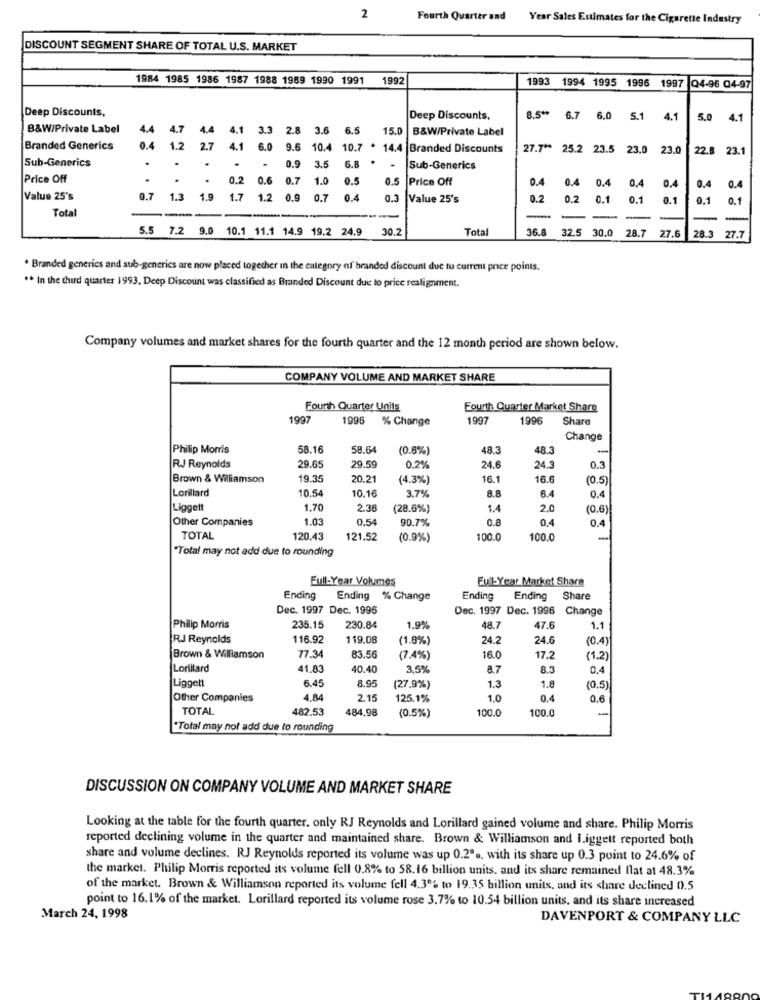
2
Fourth Quarter and Year Sales Estimates for the Cigarette Industry
DISCOUNT SEGMENT SHARE OF TOTAL U.S. MARKET
1984 1985 1986 1987 1988 1989 1990 1991
1992
1993 1994 1995 1996 1997 Q4-96 04-97
Deep Discounts,
Deep Discounts,
8.5 ** 6.7 6.0 5.1
4.1
5.0 4.1
B&W/Private Label
4.4
4.7
4.4
4.1
3.3
2.8
3.6
5.5
15.0
B&W/Private Label
2.7
Branded Generics
0.4
1.2
4.1
6.0
9.6 10.4
10.7 . 14.4 Branded Discounts
27.7 ** 25.2 23.5 23.0 23.0
8 23.1
Sub-Generics
.
3.5
6.8
6.8 . .
.
0.9
Sub-Generics
Price Off
.
.
0.2 0.6
0.7
1.0
0.5
0.5
Price Off
0.4
0.4
0.4
0.4
0,4
0.4
0.4
Value 25's
0.7 1.3
1.9
1.7 1.2
0.9
0.7
0.4
Value 25's
0.2
0.2
0.1
0.1
0.1
0.1
0.1
Total
---
-
-
5.5 7.2 9.0 10.1 11.1 14.9 19.2 24.9
30.2
Total
36.8
32.5 30.0
28.7
27.6
28.3
27.7
. Branded generics and sub-generics are now placed together in the category of branded discount due to current price points.
** In the third quarter 1993, Deep Discount was classified as Branded Discount due to price realignment.
Company volumes and market shares for the fourth quarter and the 12 month period are shown below.
COMPANY VOLUME AND MARKET SHARE
Fourth Quarter Units
Fourth Quarter Market Share
1997
1996
% Change
1997
1996
Share
Change
Philip Morris
58.16
58.64
(0.8%)
48.3
48.3
RJ Reynolds
29.65
29.59
0.2%
24.6
24.3
0.3
Brown & Williamson
19.35
20.2
(4.3%)
16.1
16.6
(0.5
Lorillard
10.54
10.16
3.7%
8.8
6.4
0,4
Liggett
1.70
2.38
(28.6%)
1.4
2.0
(0.6
Other Companies
1.03
0.54
90.7%
0.8
0.4
0.4
TOTAL
120,43
121.52
(0.9%)
100.0
100.0
Total may not add due to rounding
Full-Year Volumes
Full-Year Market Share
Ending
Ending % Change
Ending
Ending
Share
Dec. 1997 Dec. 1996
Dec. 1997 Dec. 1996 Change
Philip Morris
235.15
230.84
1.9%
48.7
17.6
1.1
RJ Reynolds
116.92
119.08
(1.9%)
24.2
24.6
(0.4)
Brown & Williamson
77.34
83.56
(7.4%)
16.0
17.2
(1.2)
Lorillard
41.8
40.40
3,5%
8.7
8.3
0,4
8.95
1.8
Liggett
6.45
(27.9%)
1.3
(0.5)
Other Companies
4.84
2.1
125.1%
1.0
0.4
0.6
TOTAL
482.53
484.98
100.0
100.0
-
(0.5%)
*Total may not add due to rounding
DISCUSSION ON COMPANY VOLUME AND MARKET SHARE
Looking at the table for the fourth quarter. only RJ Reynolds and Lorillard gained volume and share. Philip Morris
reported declining volume in the quarter and maintained share. Brown & Williamson and I.iggett reported both
share and volume declines. RJ Reynolds reported its volume was up 0.2 .. with its share up 0.3 point to 24.6% of
the market. Philip Morris reported its volume fell 0.8% to 58.16 billion units. and its share remained flat at 48.3%
of the market. Brown & Williamson reported its volume fell 4.30% to 19.35 billion units, and its share declined 0.5
point to 16.1% of the market. Lorillard reported its volume rose 3.7% to 10.54 billion units, and its share increased
March 24, 1998
DAVENPORT & COMPANY LLC